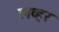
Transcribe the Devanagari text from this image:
लव्हर